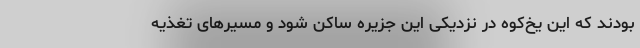
بودند که این یخ‌کوه در نزدیکی این جزیره ساکن شود و مسیرهای تغذیه